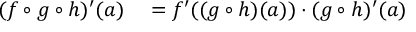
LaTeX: \begin{array} { r l } { ( f \circ g \circ h ) ^ { \prime } ( a ) } & { { } = f ^ { \prime } ( ( g \circ h ) ( a ) ) \cdot ( g \circ h ) ^ { \prime } ( a ) } \end{array}